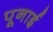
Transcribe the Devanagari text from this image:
पूनाई